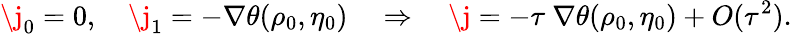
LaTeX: \j_{0}=0,\quad\j_{1}=-\nabla\theta(\rho_{0},\eta_{0})\quad\Rightarrow\quad\j=-\tau\ \nabla\theta(\rho_{0},\eta_{0})+O(\tau^{2}).